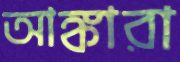
আঙ্কারা